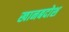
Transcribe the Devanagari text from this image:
खानबदोश